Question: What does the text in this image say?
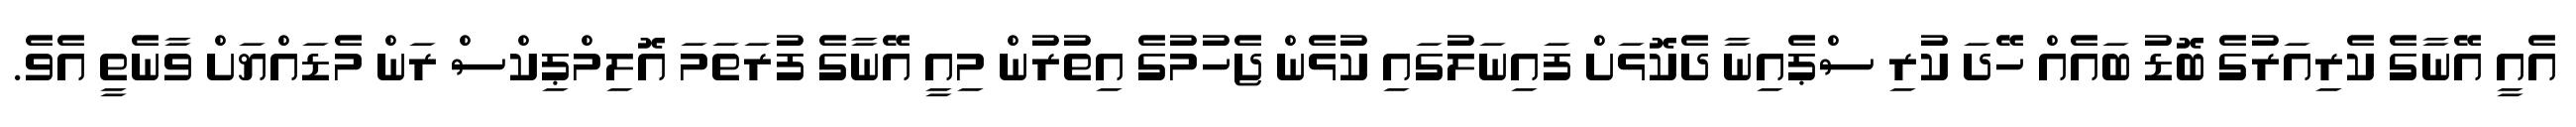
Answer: އެއީ އޭނާގެ ކެރިއަރުގެ ބޮޑު ބައެއް ހޭދަ ކުރި ސްޕެއިނާ ދެކޮޅަށް ފައިނަލުގައި ކުޅެން ޖެހުމުގެ އިތުރުން މިއީ އޭނާގެ ފުރަތަމަ އޮލިމްޕިކްސް ރަން މެޑައްޔަށް ވާނެތީ އެވެ.